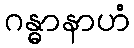
ဂန္ဓာနာဟံ